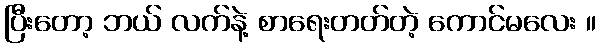
ပြီးတော့ ဘယ် လက်နဲ့ စာရေးတတ်တဲ့ ကောင်မလေး ။